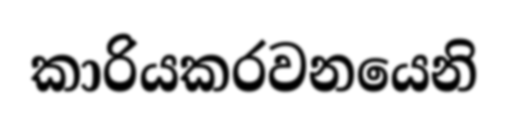
කාරියකරවනයෙනි